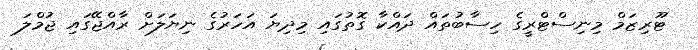
ޓޫރިޒަމް މިނިސްޓްރީގެ ހިސާބުތައް ދައްކާ ގޮތުގައި މިދިޔަ އަހަރުގެ ނިޔަލަށް ރާއްޖޭގައި ޖުމްލަ